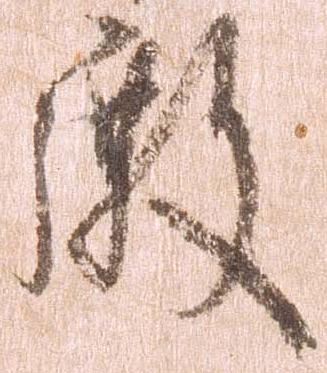
殿